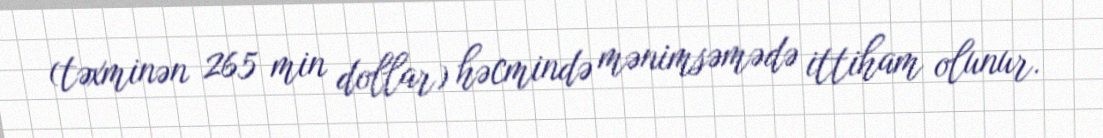
(təxminən 265 min dollar) həcmində mənimsəmədə ittiham olunur.